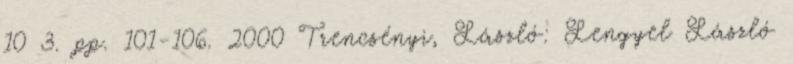
10 3. pp. 101-106. 2000 Trencsényi, László: Lengyel László